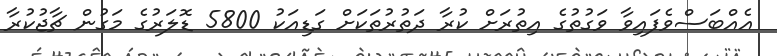
އެއްބަސްވެފައިވާ ވަގުތުގެ އިތުރަށް ކުރާ ދަތުރުތަކަށް ގަޑިއަކު 5800 ޑޮލަރުގެ މަގުން ޗާޖުކުރާ